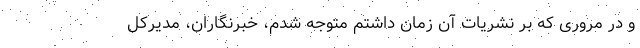
و در مروری که بر نشریات آن زمان داشتم متوجه شدم، خبرنگاران، مدیرکل